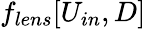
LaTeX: f_{lens}[U_{in},D]